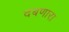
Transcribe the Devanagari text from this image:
दबणारा